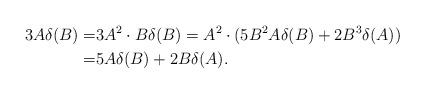
LaTeX: \begin{align*} 3A\delta(B)=&3A^2\cdot B\delta(B)=A^2\cdot(5B^2A\delta(B)+2B^3\delta(A)) \\ =&5A\delta(B)+2B\delta(A). \end{align*}